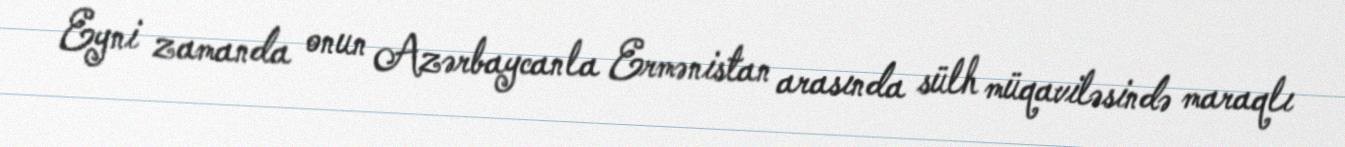
Eyni zamanda onun Azərbaycanla Ermənistan arasında sülh müqaviləsində maraqlı